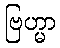
ဗြဟ္မာ